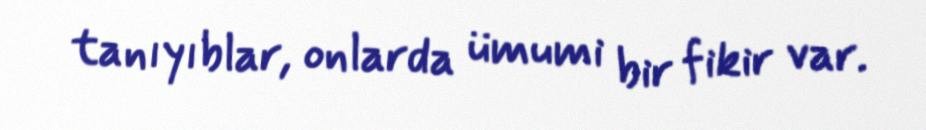
tanıyıblar, onlarda ümumi bir fikir var.